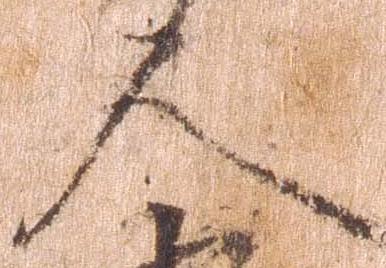
人